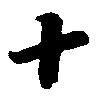
十